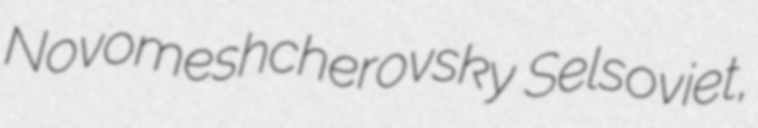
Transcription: Novomeshcherovsky Selsoviet,